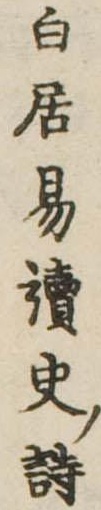
白居易読史詩